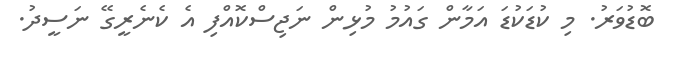
ބޮޑުވަރު. މި ކުޑަކުޑަ އަމާން ގައުމު މުޅިން ނަޖިސްކޮއްފި އެ ކެނެރީގޭ ނަސީދު.